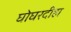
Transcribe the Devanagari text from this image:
घोघरदीहा